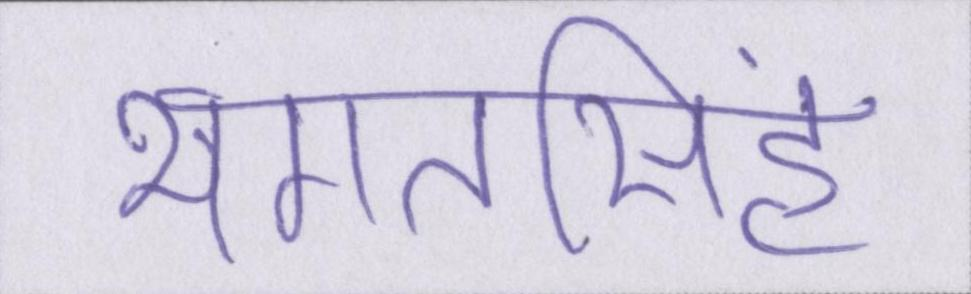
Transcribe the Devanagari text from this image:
भगतसिंह